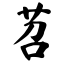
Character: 苕